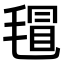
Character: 𣯀